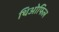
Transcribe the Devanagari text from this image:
थिओफिल